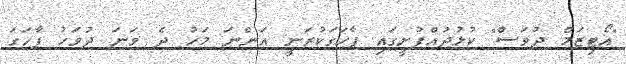
"އޯޓިޒަމް ދުވަސް" ކުޅުދުއްފުށީގައި ފާހަގަކުރަނީ އަންނަ މަހު ދެ ވަނަ ދުވަހު ފާހަގަ